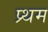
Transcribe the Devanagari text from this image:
प्र्थम